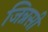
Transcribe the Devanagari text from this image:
जिन्नसी